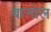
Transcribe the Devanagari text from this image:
बासोल